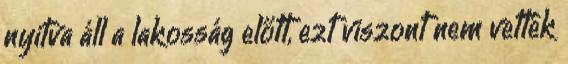
nyitva áll a lakosság előtt, ezt viszont nem vették